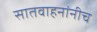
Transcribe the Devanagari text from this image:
सातवाहनांनीच